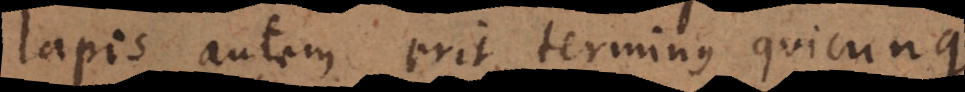
lapis autem erit terminus quicunque